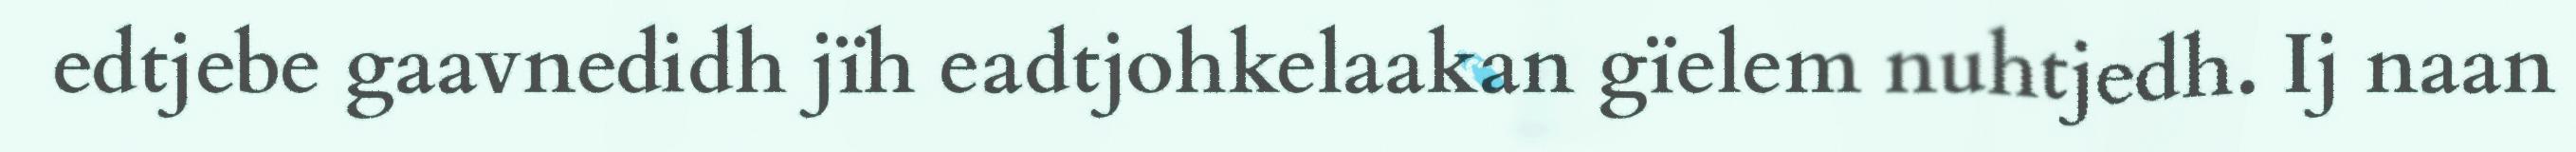
edtjebe gaavnedidh jïh eadtjohkelaakan gïelem nuhtjedh. Ij naan